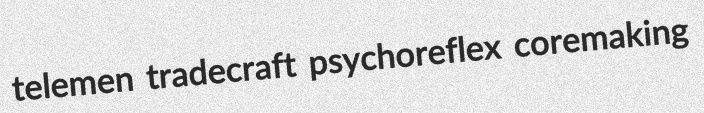
telemen tradecraft psychoreflex coremaking